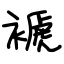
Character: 褫